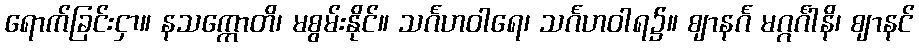
ရောက်ခြင်းငှာ။ နသက္ကောတိ၊ မစွမ်းနိုင်။ သင်္ဂဟဝါရေ၊ သင်္ဂဟဝါရ၌။ ဈာနင်္ဂ မဂ္ဂင်္ဂါနိ၊ ဈာနင်